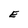
Character: E